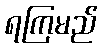
ရကြမည်